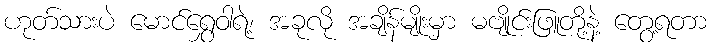
ဟုတ်သားပဲ မောင်ရွှေဝါရဲ့၊ အခုလို အချိန်မျိုးမှာ မဗျိုင်းဖြူတို့နဲ့ တွေ့ရတာ